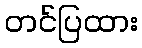
တင်ပြထား